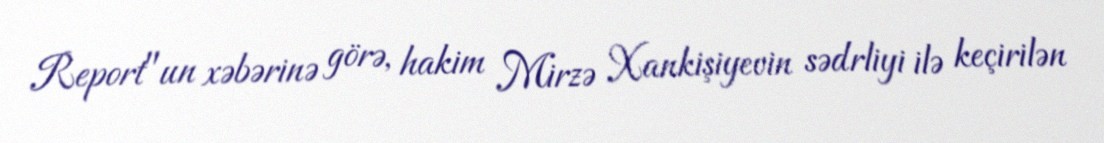
Report"un xəbərinə görə, hakim Mirzə Xankişiyevin sədrliyi ilə keçirilən